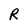
Character: R